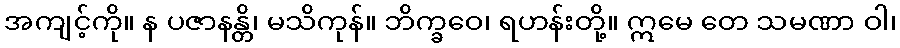
အကျင့်ကို။ န ပဇာနန္တိ၊ မသိကုန်။ ဘိက္ခဝေ၊ ရဟန်းတို့။ ဣမေ တေ သမဏာ ဝါ၊